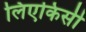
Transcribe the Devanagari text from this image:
लिएकिसी